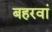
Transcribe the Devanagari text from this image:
बहरवां